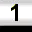
Digit: 1